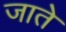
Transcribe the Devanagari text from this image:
जातेे